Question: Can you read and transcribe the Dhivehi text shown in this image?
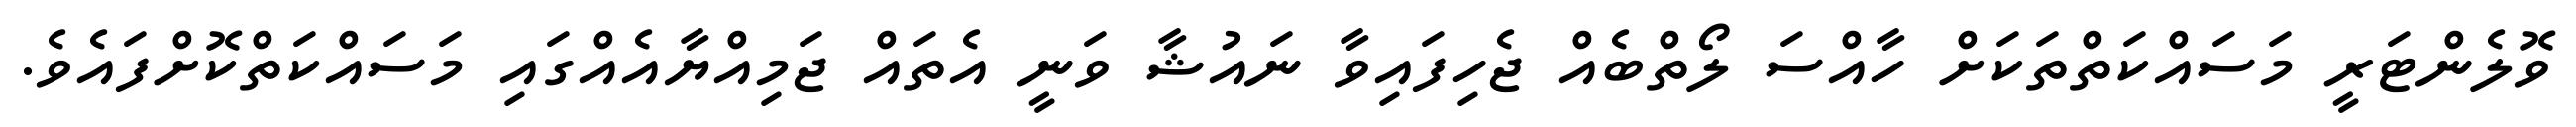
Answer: ވޮލެންޓަރީ މަސައްކަތްތަކަށް ހާއްސަ ލޯތްބެއް ޖެހިފައިވާ ނައުޝާ ވަނީ އެތައް ޖަމިއްޔާއެއްގައި މަސައްކަތްކޮށްފައެވެ.